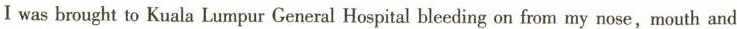
I was brought to Kuala Lumpur General Hospital bleeding on from my nose,mouth and